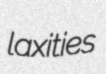
laxities